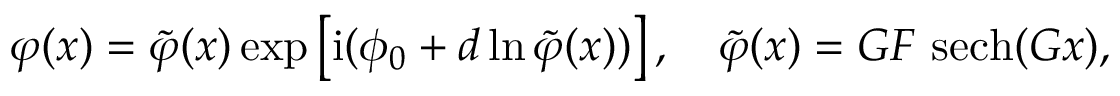
\varphi ( x ) = \tilde { \varphi } ( x ) \exp \left[ \mathrm { i } ( \phi _ { 0 } + d \ln \tilde { \varphi } ( x ) ) \right] , \quad \tilde { \varphi } ( x ) = G F \ \mathrm { s e c h } ( G x ) ,